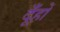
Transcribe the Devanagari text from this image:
दूँहों